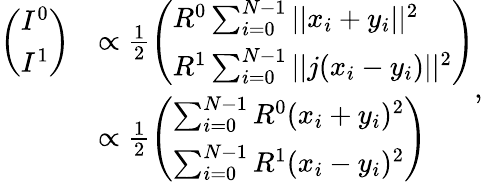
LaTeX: \begin{array}{rl}{\left(\begin{array}{l}{I^{0}}\\ {I^{1}}\end{array}\right)}&{\propto\frac{1}{2}\left(\begin{array}{l}{R^{0}\sum_{i=0}^{N-1}||x_{i}+y_{i}||^{2}}\\ {R^{1}\sum_{i=0}^{N-1}||j(x_{i}-y_{i})||^{2}}\end{array}\right)}\\ &{\propto\frac{1}{2}\left(\begin{array}{l}{\sum_{i=0}^{N-1}R^{0}(x_{i}+y_{i})^{2}}\\ {\sum_{i=0}^{N-1}R^{1}(x_{i}-y_{i})^{2}}\end{array}\right)}\end{array},